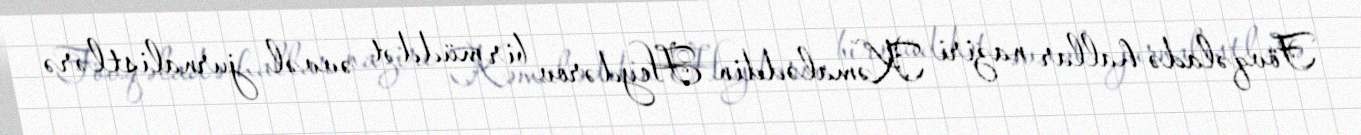
Fövqəladə hallar naziri Kəmaləddin Heydərov bir müddət əvvəl jurnalistlərə